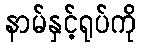
နာမ်နှင့်ရုပ်ကို